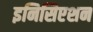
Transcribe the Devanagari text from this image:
इनिसिएशन